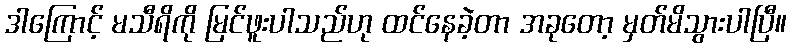
ဒါကြောင့် မသီရိကို မြင်ဖူးပါသည်ဟု ထင်နေခဲ့တာ အခုတော့ မှတ်မိသွားပါပြီ။